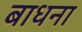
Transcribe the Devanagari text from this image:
बाधना